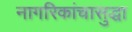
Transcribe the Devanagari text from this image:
नागरिकांचासुद्धा